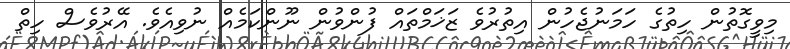
މިވީގޮތުން ހިތުގެ ހަމަނުޖެހުން އިތުރުވެ ޒަޚަމްތައް ފުންވުން ނޫންކަމެއް ނުވިއެވެ. އޭރުވެސް ހިތް